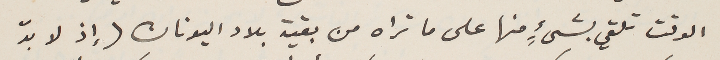
الوقت تلقي بشيءٍ منها على ما تراه من بقية بلاد اليونان ( إذ لا بدّ